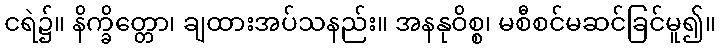
ငရဲ၌။ နိက္ခိတ္တော၊ ချထားအပ်သနည်း။ အနနုဝိစ္စ၊ မစီစင်မဆင်ခြင်မူ၍။